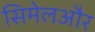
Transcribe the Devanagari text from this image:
सिमेलऔर